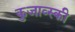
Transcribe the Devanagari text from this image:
कुजाव्स्की